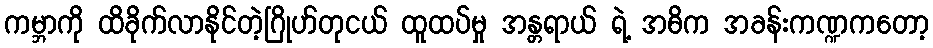
ကမ္ဘာကို ထိခိုက်လာနိုင်တဲ့ဂြိုဟ်တုငယ် ထူထပ်မှု အန္တရာယ် ရဲ့ အဓိက အခန်းကဏ္ဍကတော့